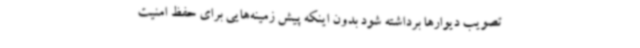
تصویب دیوارها برداشته شود بدون اینکه پیش زمینه‌هایی برای حفظ امنیت